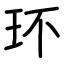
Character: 环